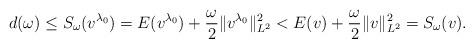
LaTeX: \begin{align*}d(\omega)\le S_{\omega}(v^{\lambda_0}) =E(v^{\lambda_0})+\frac{\omega}{2}\|v^{\lambda_0}\|_{L^2}^2<E(v)+\frac{\omega}{2}\|v\|_{L^2}^2=S_{\omega}(v). \end{align*}